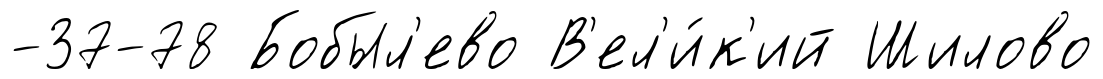
-37-78 Бобыл'ево В'ел'и́к'ий Шилово